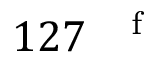
1 2 7 ~ \mathrm { ~ } ^ { \mathrm { ~ f ~ } }